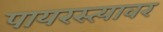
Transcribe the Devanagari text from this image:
पायरस्त्यावर